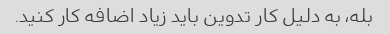
بله، به دلیل کار تدوین باید زیاد اضافه کار کنید.